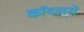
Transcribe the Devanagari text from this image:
कॉयलरों